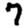
Digit: 7